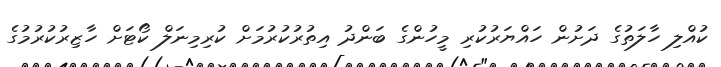
ކުއްލި ހާލަތުގެ ދަށުން ހައްޔަރުކުރި މީހުންގެ ބަންދު އިތުރުކުރުމަށް ކުރިމިނަލް ކޯޓަށް ހާޒިރުކުރުމުގެ